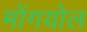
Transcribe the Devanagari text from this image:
मोंगयोल